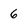
Character: 6